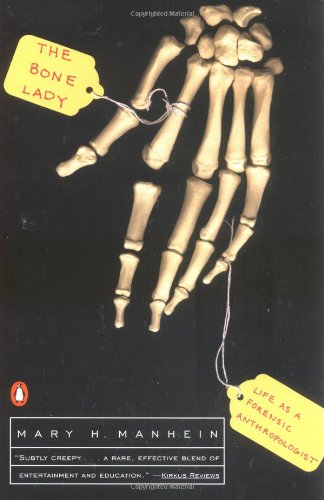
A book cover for The Bone Lady: Life as a Forensic Anthropologist; Mary H. Manhein; Biographies & Memoirs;